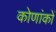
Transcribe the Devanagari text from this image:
कोणांकों